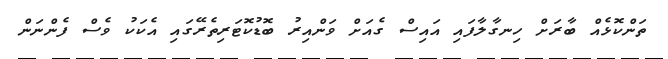
ތަންކޮޅެއް ބާރަށް ހިނގާލާފައި އައިސް ގެއަށް ވަންއިރު ބޮޑުކޮޓަރިތެރޭގައި އެކަކު ވެސް ފެންނަން